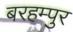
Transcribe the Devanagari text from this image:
बरहम्पुर